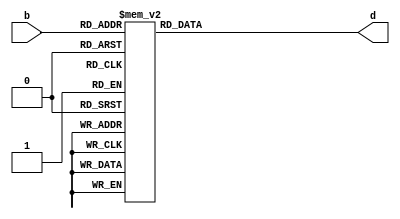
module decod7 (b,d);

input [3:0]b;
output reg [6:0]d;

always @* begin
case(b)
4'b0000: d = 7'b1000000;// 0
4'b0001: d = 7'b1111001;// 1
4'b0010: d = 7'b0100100;// 2
4'b0011: d = 7'b0110000;// 3
4'b0100: d = 7'b0011001;// 4
4'b0101: d = 7'b0010010;// 5
4'b0110: d = 7'b0000010;// 6
4'b0111: d = 7'b1111000;// 7
4'b1000: d = 7'b0000000;// 8
4'b1001: d = 7'b0010000;// 9

default: d = 7'b1111111;
endcase 

end

endmodule